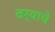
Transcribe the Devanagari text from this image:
वर्‍याचे